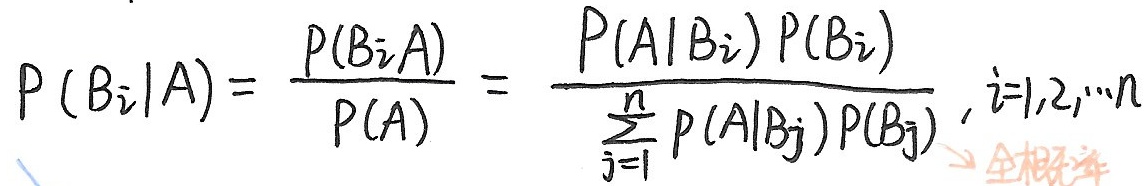
\[ P(B_i|A) = \frac{P(B_iA)}{P(A)} = \frac{P(A|B_i)P(B_i)}{\sum_{j = 1}^{n} P(A|B_j)P(B_j)}, i = 1,2,\cdots n \]